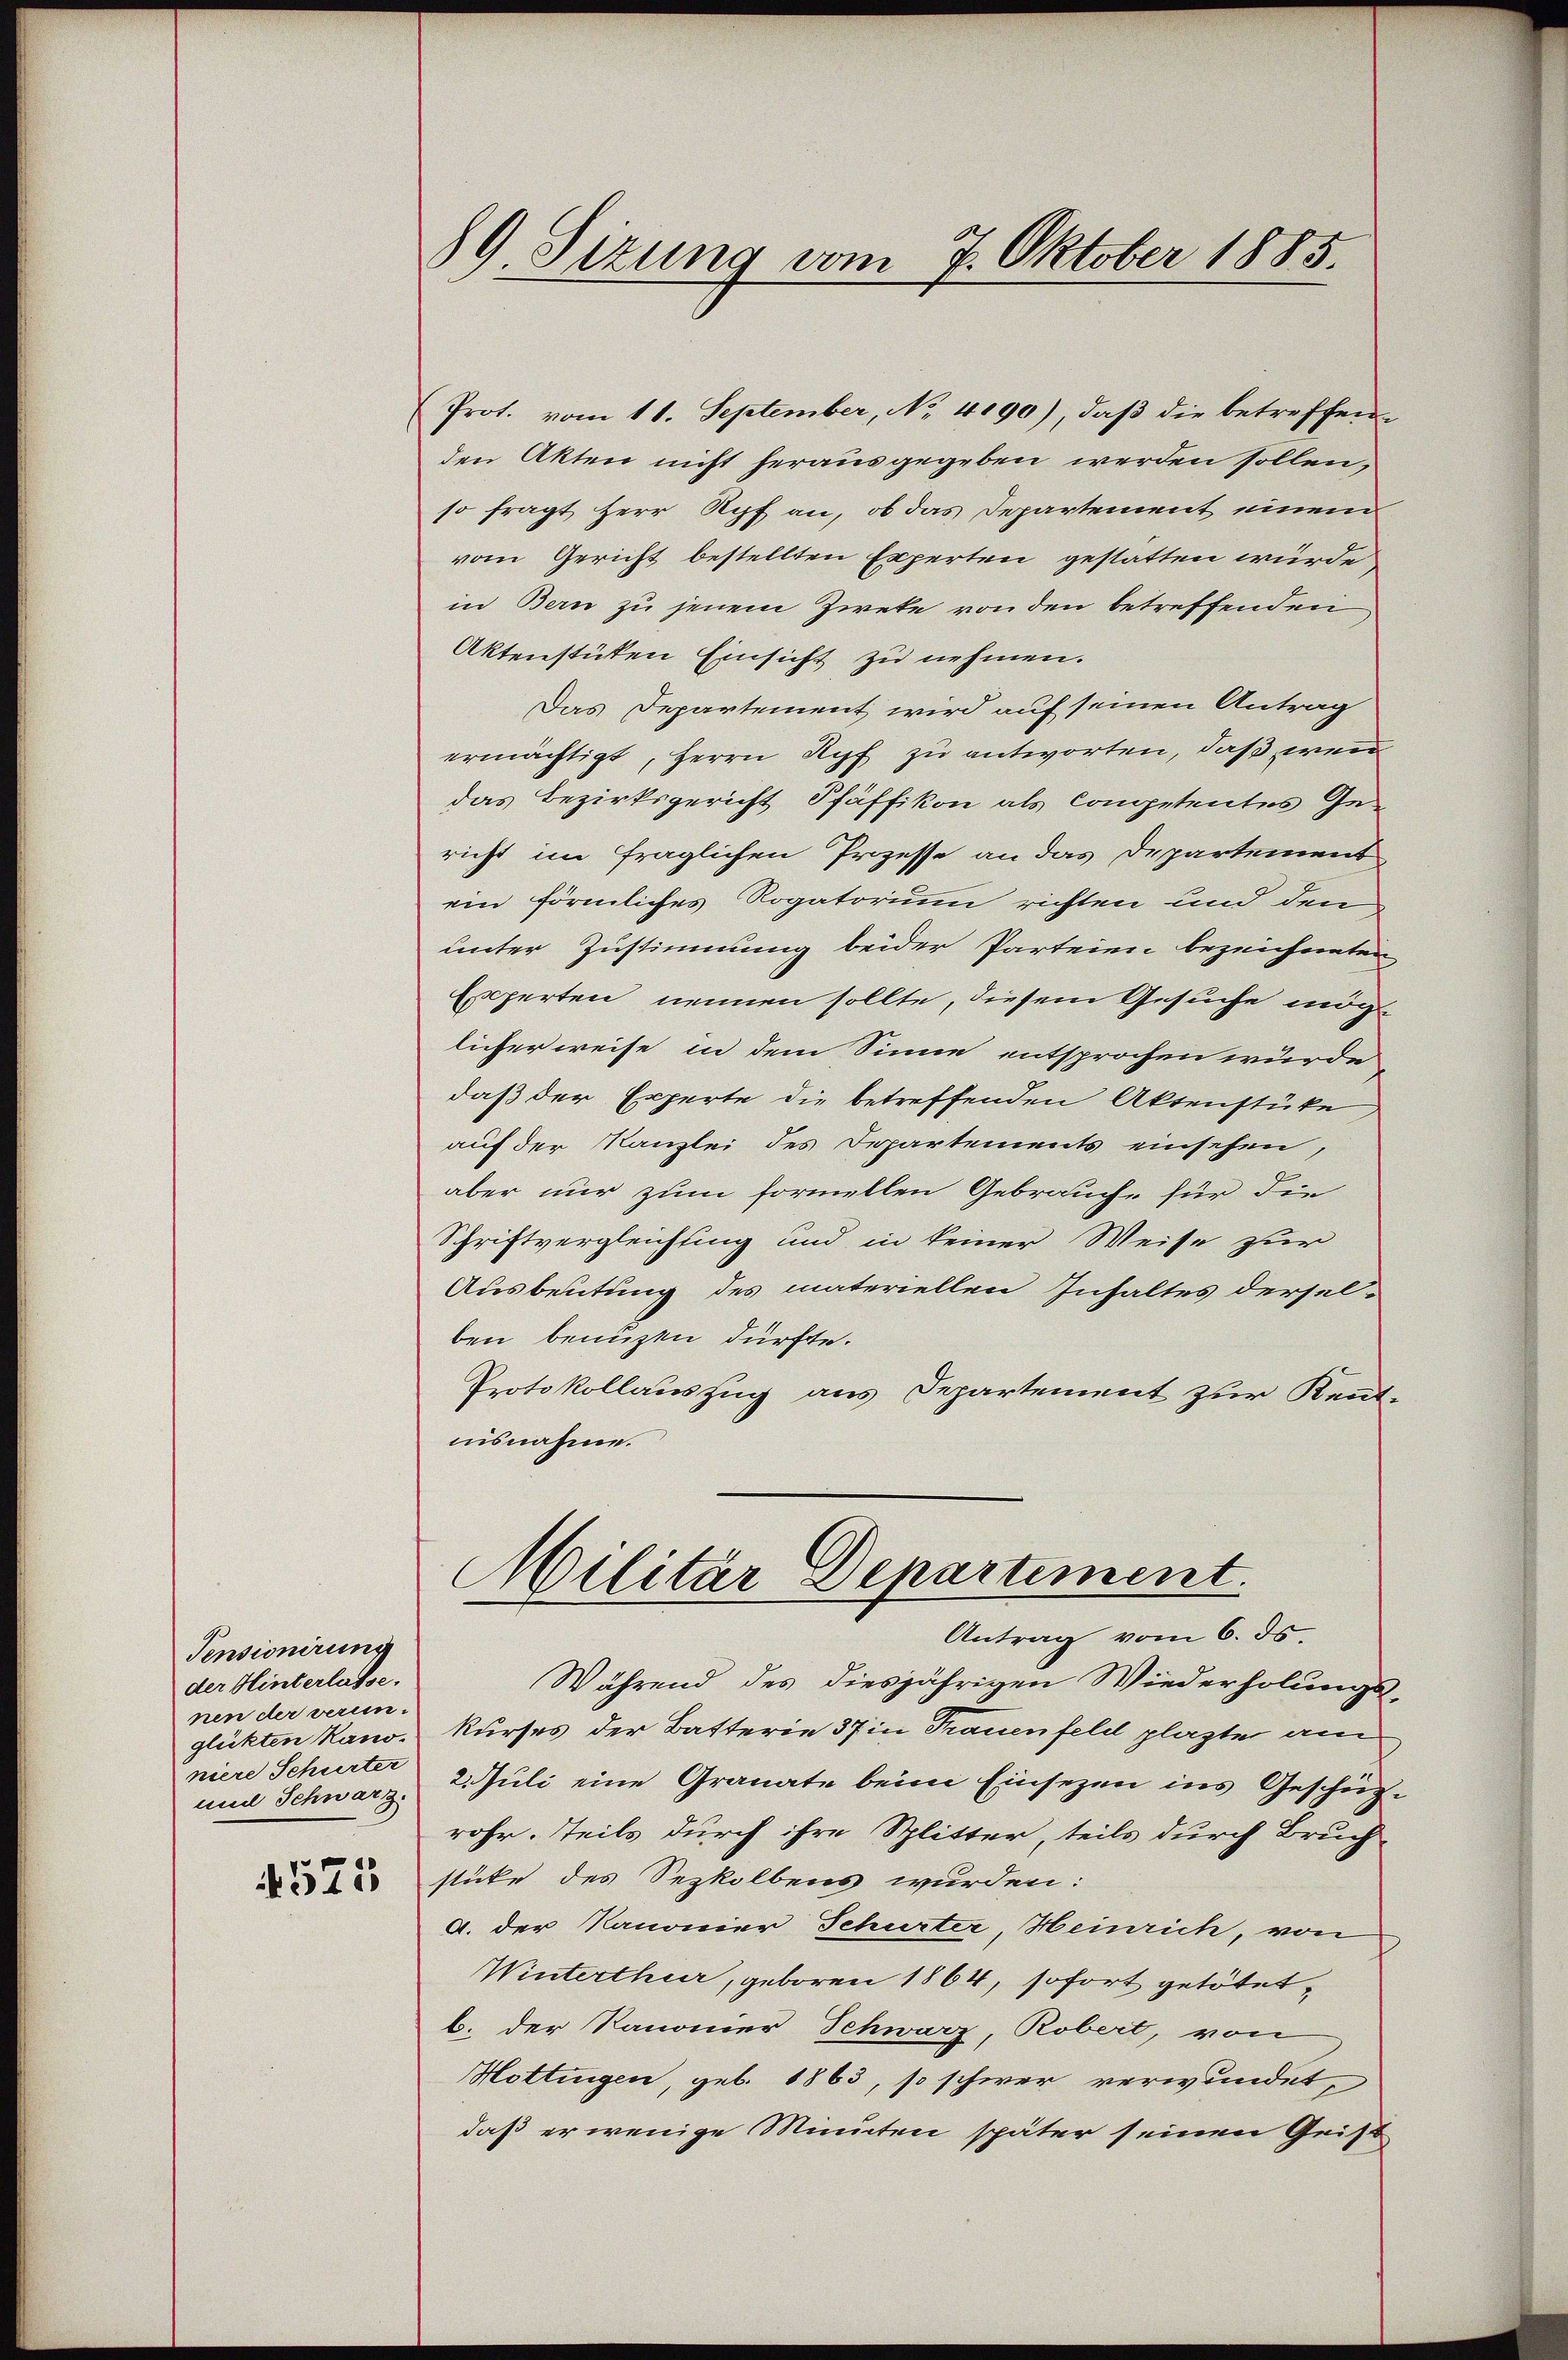
Pensionirung
der Hinterlasse.
nen der verein.
niere Schurter
und Schwarz.

4575

89. Sizung vom 7. Oktober 1885.

(Prot. vom 11. September, No. 4090), daβ die betreffene
den Akten nicht herausgegeben werden sollen,
so fragt Herr Rpf an, ob das Departement einem
vom Gericht bestellten Experten gestatten würde,
in Bern zu jenem Zweke von den betreffenden,
Aktenstüken Einsicht zu nehmen.
Das Departement wird auf seinen Antrag
ermächtigt, Herrn Ruf zu antworten, daß wenn
das Bezirksgericht Pfäffikon als Competentes Gericht im fraglichen Prozesse an das Departement
ein förmliches Rogatorium richten und den
unter Zustimmung beider Parteien bezeichneten
Experten nennen sollte, diesem Gesuche mög
licher weise in dem Sinne entsprochen wurde
daß der Experte die betreffenden Aktenstüke
auf der Kanzlei des Departements einsehen,
aber nur zum formellen Gebrauche für die
Schriftvergleichung und in keiner Weise zur
Ausbeutung des materiellen Inhaltes derselben benuzen dürfte.
Protokollauszug aus Departement zur Kennt-
uisnahme.
Militär Departiment.
Antrag vom 6. ds.
Während des diesjährigen Wiederholungs-
glükten kano. Kurses der Batterie 37 in Trauenfeld plagte an
2. Juli eine Granate beim Einsezen ins Geschüzrohr. Teils durch ihre Splitter, teils durch Bruch-
stücke des Sezkolbens wurden:
A. der Kanonier Schurter, Heinrich, von
Winterthur, geboren 1864, sofort getötet
b. der Kanonier Schwarz, Robert, von
Hottingen, geb. 1863, so schwer verwundet,
daß er wenige Minuten später seinen Grist